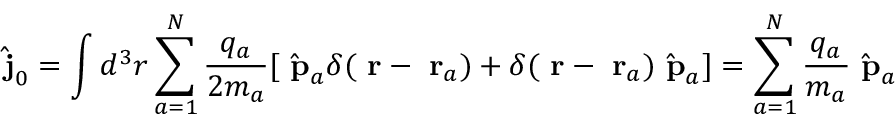
\hat { \mathrm { \bf ~ j } } _ { 0 } = \int d ^ { 3 } r \sum _ { a = 1 } ^ { N } \frac { q _ { a } } { 2 m _ { a } } [ \hat { \mathrm { \bf ~ p } } _ { a } \delta ( \mathrm { \bf ~ r } - \mathrm { \bf ~ r } _ { a } ) + \delta ( \mathrm { \bf ~ r } - \mathrm { \bf ~ r } _ { a } ) \hat { \mathrm { \bf ~ p } } _ { a } ] = \sum _ { a = 1 } ^ { N } \frac { q _ { a } } { m _ { a } } \hat { \mathrm { \bf ~ p } } _ { a }